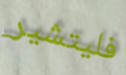
فليتشير